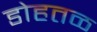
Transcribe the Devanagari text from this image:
डोहतळ